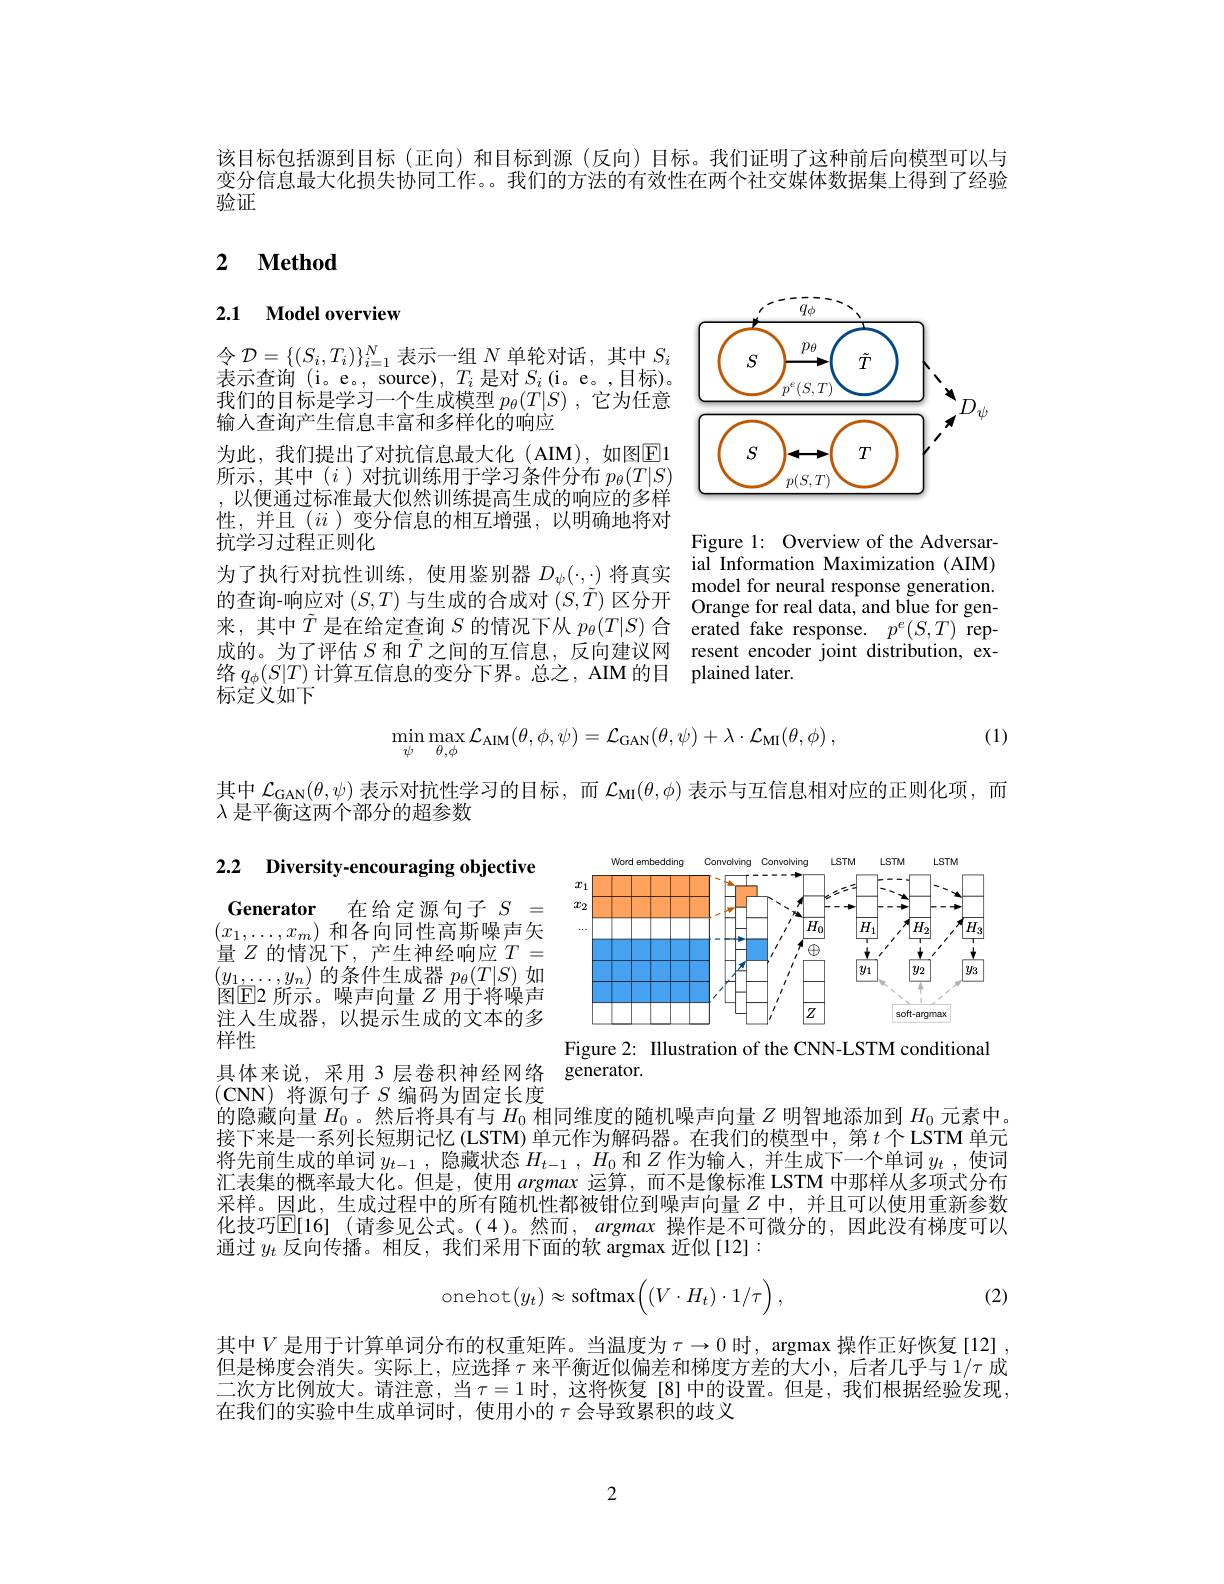
该目标包括源到目标 (正向)和目标到源 (反向)目标。我们证明了这种前后向模型可以与变分信息最大化损失协同工作。。我们的方法的有效性在两个社交媒体数据集上得到了经验验证

## 2 $\textbf{Method}$

## 2.1 Model overview

<FigureHere>

$令\mathcal{D}=\{(S_{i},T_{i})\}_{i=1}^{N}$表示一组$N$单轮对话，其中$S_i$ 表示查询(i。e。, source), $T_i$是对$S_i\left(\mathrm{i}\text{。e。,目标}\right)$。我们的目标是学习一个生成模型$p_\theta ( T| S)$ ,它为任意输人查询产生信息丰富和多样化的响应
为此，我们提出了对抗信息最大化(AIM),如图$\overline{\mathrm{E}}$1所示，其中(i)对抗训练用于学习条件分布$p_\theta(T|S)$ ,以便通过标准最大似然训练提高生成的响应的多样性，并且$(ii$ )变分信息的相互增强，以明确地将对抗学习过程正则化
为 了 执 行 对 抗 性 训 练 , 使 用 鉴 别 器 $D_{\psi }( \cdot , \cdot )$ 将 真 实 ial Information Maximization ( AIM) 的 查 询 - 响 应 对 $( S, T)$ 与 生 成 的 合 成 对 $( S, \tilde{T} )$ 区 分 开 Orange for real data, and blue for gen- 本 甘 中 $\tilde{T}$ 目 在 岭 宁 太 $\xi$ 的 峙 汨 下 $( \mathcal{T} )$ 个 Orange for real data, and blue for gen- 中 中 $\tilde{T}$ 目 在来，其中$\tilde{T}$是在给定查询$S$的情况下从$p_\theta(T|S)$合 erated fake response. $p^e(S,T)$ rep成的。为了评估$S$和$\tilde{T}$之间的互信息，反向建议网
络$q_\phi(S|T)$计算互信息的变分下界。总之，AIM 的目 plained later.
标定义如下

Figure 1: Overview of the Adversarresent encoder joint distribution, ex-
$$\min_{\psi}\max_{\theta,\phi}\mathcal{L}_{\mathrm{AIM}}(\theta,\phi,\psi)=\mathcal{L}_{\mathrm{GAN}}(\theta,\psi)+\lambda\cdot\mathcal{L}_{\mathrm{MI}}(\theta,\phi)\:,$$
(1)

其中$\mathcal{L}_\mathrm{GAN}(\theta,\psi)$表示对抗性学习的目标，而$\mathcal{L}_\mathrm{MI}(\theta,\phi)$表示与互信息相对应的正则化项，而
$\lambda$是平衡这两个部分的超参数

## 2.2 Diversity-encouraging objective

<FigureHere>
Figure 2: IIlustration of the CNN-LSTM conditional

Generator
在给定源句子$S=$
$(x_1,\ldots,x_m)$和各向同性高斯噪声矢量$Z$的情况下，产生神经响应$T=$ $(\overline{y_{1}},\ldots,\underline{y_{n}})$的条件生成器$p_\theta(T|S)$如图$\boxed{\mathrm{E2}}$所示。噪声向量$Z$用于将噪声注人生成器，以提示生成的文本的多样性
具体来说，采用 3 层卷积神经网络(CNN)将源句子$S$编码为固定长度的隐藏向量$H_0$。然后将具有与$H_0$相同维度的随机噪声向量$Z$明智地添加到$H_0$元素中。

generator.

接下来是一系列长短期记忆 (LSTM) 单元作为解码器。在我们的模型中，第$t$个 LSTM 单元将先前生成的单词$y_t-1$,隐藏状态$H_{t-1},H_0$和$Z$作为输入，并生成下一个单词$y_t$ ,使词汇表集的概率最大化。但是，使用argmax运算，而不是像标准 LSTM 中那样从多项式分布采样。因此，生成过程中的所有随机性都被钳位到噪声向量$Z$ 中，并且可以使用重新参数化技巧$\mathbb{E}[16]$ (请参见公式。(4)。然而，argmax 操作是不可微分的，因此没有梯度可以通过$y_t$反向传播。相反，我们采用下面的软 argmax 近似[12]:
$$\text{onehot}(y_t)\approx\text{softmax}\Big((V\cdot H_t)\cdot1/\tau\Big)\:,$$
(2)

其中$V$ 是用于计算单词分布的权重矩阵。当温度为$\tau\to0$ 时，argmax 操作正好恢复[12] 但是梯度会消失。实际上，应选择$\tau$来平衡近似偏差和梯度方差的大小，后者几乎与$1/\tau$成二次方比例放大。请注意，当$\tau=1$时，这将恢复[8]中的设置。但是，我们根据经验发现， 在我们的实验中生成单词时，使用小的$\tau$会导致累积的歧义

2